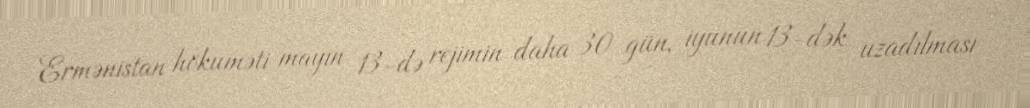
Ermənistan hökuməti mayın 13-də rejimin daha 30 gün, iyunun 13-dək uzadılması